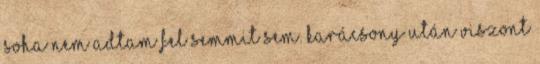
soha nem adtam fel semmit sem. Karácsony után viszont